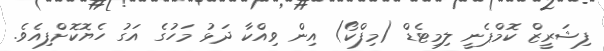
ފިޝަރީޒް ކޮމްޕެނީ ލިމިޓެޑް (މިފްކޯ) އިން ވިއްކާ ދަޅު މަހުގެ އަގު ހެޔޮކޮށްފިއެވެ.